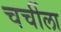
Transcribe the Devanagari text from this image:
चर्चीला